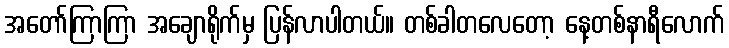
အတော်ကြာကြာ အချောရိုက်မှ ပြန်လာပါတယ်။ တစ်ခါတလေတော့ နေ့တစ်နာရီလောက်